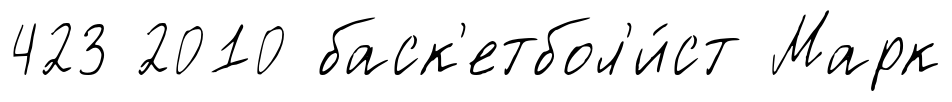
423 2010 баск'етбол'и́ст Марк